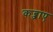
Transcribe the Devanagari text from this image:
कब्जाए